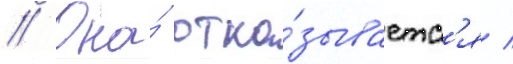
// Она́ отка́зываетс'я /